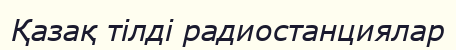
Қазақ тілді радиостанциялар